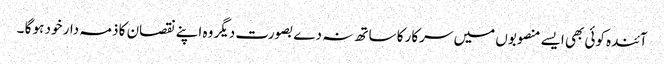
آئندہ کوئی بھی ایسے منصوبوں میں سرکار کا ساتھ نہ دے بصورت دیگر وہ اپنے نقصان کا ذمہ دار خود ہو گا ۔